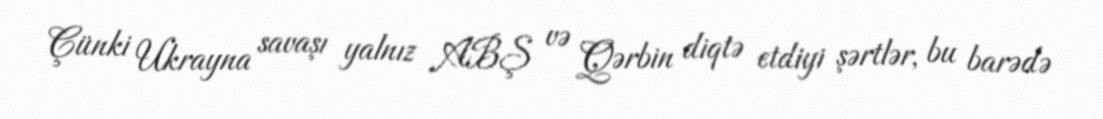
Çünki Ukrayna savaşı yalnız ABŞ və Qərbin diqtə etdiyi şərtlər, bu barədə